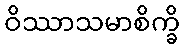
ဝိဿာသမာစိက္ခိ